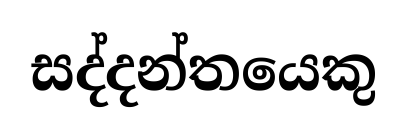
සද්දන්තයෙකු